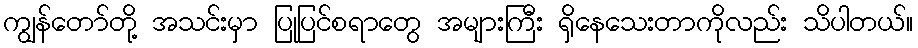
ကျွန်တော်တို့ အသင်းမှာ ပြုပြင်စရာတွေ အများကြီး ရှိနေသေးတာကိုလည်း သိပါတယ်။